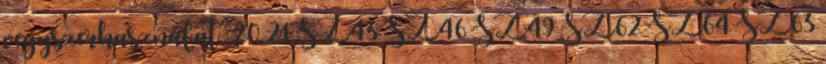
vegyszerhasználat. 20 21 SZ43 SZ46 SZ49 SZ62 SZ64 SZ63